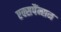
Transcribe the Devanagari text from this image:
एक्सपैंन्सन